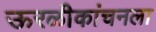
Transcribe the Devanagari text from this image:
ऊरळीकांचनला